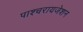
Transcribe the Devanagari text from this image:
पाश्‍चरायजेशन